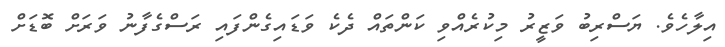
އިލާހެވެ. ޔަސްރިބު ވަޒީރު މިކުރެއްވި ކަންތައް ދެކެ ވަޑައިގެންފައި ރަސްގެފާނު ވަރަށް ބޮޑަށް